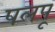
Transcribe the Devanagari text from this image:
पलपू